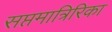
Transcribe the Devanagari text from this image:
सप्तमात्रिरिका